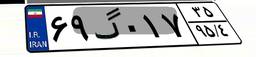
۶۹گ۰۱۷۳۵